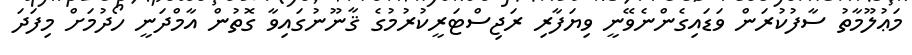
މަޢުލޫމާތު ސާފުކުރަން ވަޑައިގެންނެވޭނީ ވިޔަފާރި ރަޖިސްޓަރީކުރުމުގެ ޤާނޫނުގައިވާ ގޮތުން އާމްދަނީ ހޯދުމަށް މިފަދަ